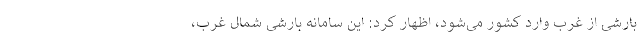
بارشی از غرب وارد کشور می‌شود، اظهار کرد: این سامانه بارشی شمال غرب،